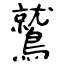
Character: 鷲